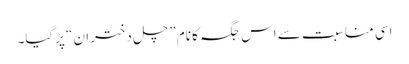
اسی مناسبت سے اس جگہ کا نام ”چل دختران “پڑگیا۔